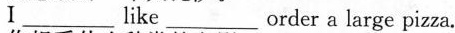
I___like___order a large pizza.